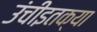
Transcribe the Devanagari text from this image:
उंचीइतक्या